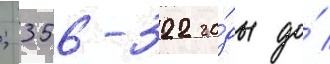
; 356-322 го́ды до́